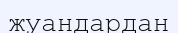
жуандардан